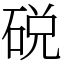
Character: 䂱